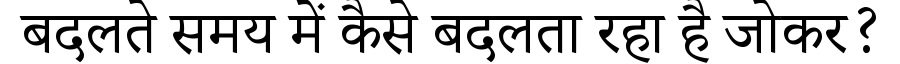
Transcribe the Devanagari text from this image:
बदलते समय में कैसे बदलता रहा है जोकर?